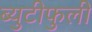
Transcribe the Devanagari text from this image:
ब्युटीफुली